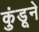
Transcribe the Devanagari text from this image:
कुंडूने